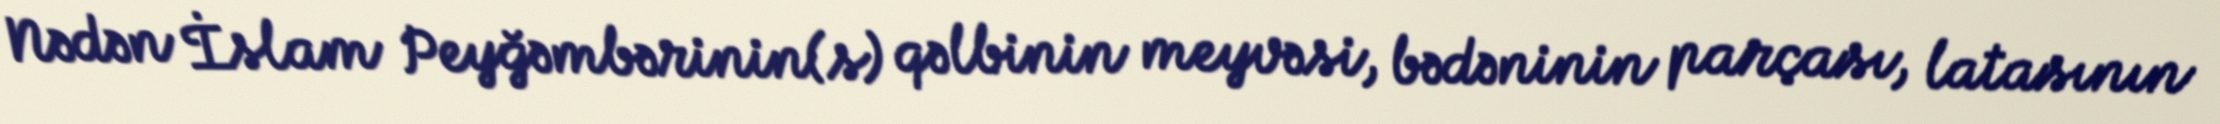
Nədən İslam Peyğəmbərinin(s) qəlbinin meyvəsi, bədəninin parçası, latasının